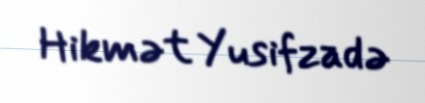
Hikmət Yusifzadə